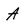
Character: a